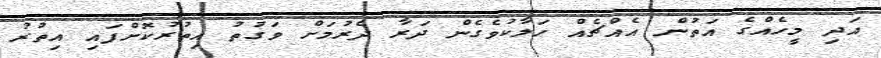
އަދި މީހެއްގެ އަތުން އެއްޗެއް ހަލާކުވެގެން ދަރާ ދެރުމަށް ވަގުތު އިތުރުކޮށްފައި އިތުރު